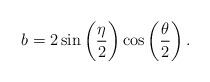
LaTeX: \begin{align*}b= 2 \sin\bigg( \frac {\eta} {2} \bigg) \cos\left( \frac {\theta} {2} \right).\end{align*}